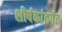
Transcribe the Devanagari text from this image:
शीर्षकांतर्गत